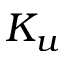
K _ { u }